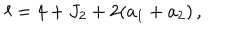
LaTeX: \ell = 4 + J _ { 2 } + 2 ( a _ { 1 } + a _ { 2 } ) \, ,